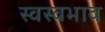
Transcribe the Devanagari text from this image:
स्वस्वभाव